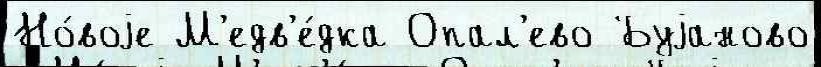
Но́воjе М'едв'е́дка Опал'ево Буjаново